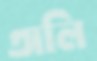
অলি